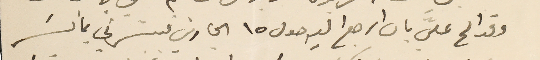
وقد المح عليَ بان ارجع اليه حول ١٥ الجاري فبشرني بما يسَر